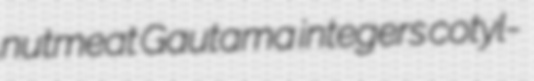
nutmeat Gautama integers cotyl-